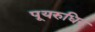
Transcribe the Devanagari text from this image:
पूयरुधिर